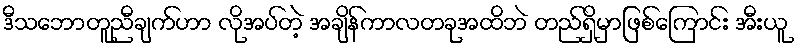
ဒီသဘောတူညီချက်ဟာ လိုအပ်တဲ့ အချိန်ကာလတခုအထိဘဲ တည်ရှိမှာဖြစ်ကြောင်း အီးယူ